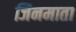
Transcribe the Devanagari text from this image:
जिनमाता